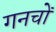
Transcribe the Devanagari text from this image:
गनचों